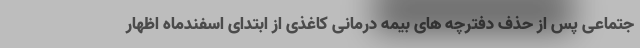
جتماعی پس از حذف دفترچه های بیمه درمانی کاغذی از ابتدای اسفندماه اظهار